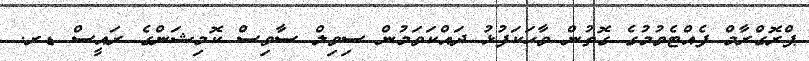
ޕްރޮގްރާމް ފެއްޓެވުމުގެ ގޮތުން ވާހަކަފުޅު ދައްކަވަމުން ސިވިލް ސާވިސް ކޮމިޝަންގެ ރައީސް ޑރ.